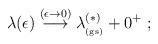
LaTeX: \begin{align*}\lambda (\epsilon) \stackrel{(\epsilon \rightarrow 0 )}{\longrightarrow} \lambda_{_{\rm (gs)}}^{(\ast)} + 0^{+}\; ;\end{align*}